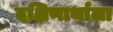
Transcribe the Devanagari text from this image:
दक्षिणार्थाला